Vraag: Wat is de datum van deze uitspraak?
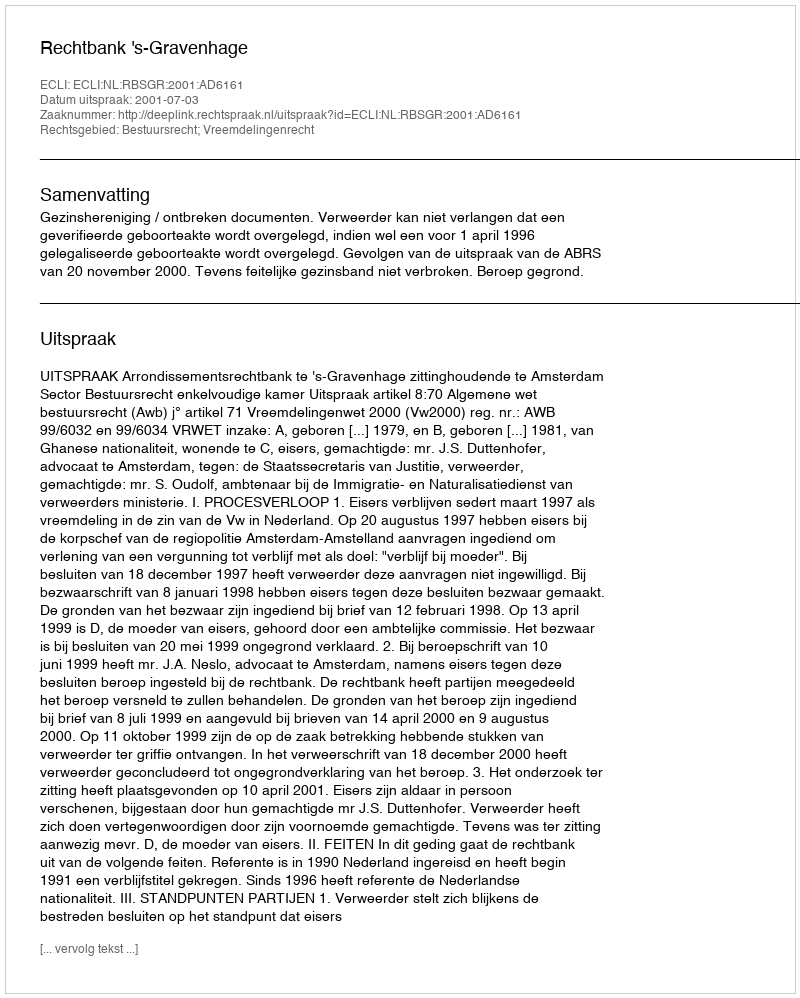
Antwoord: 2001-07-03